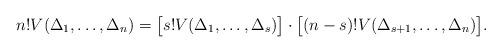
LaTeX: \begin{align*} n! V(\Delta_1,\ldots,\Delta_n) = \big[ s! V(\Delta_1,\ldots,\Delta_s) \big]\cdot \big[ (n-s)! V(\Delta_{s+1},\ldots,\Delta_n) \big]. \end{align*}